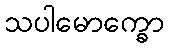
သပါမောက္ခော